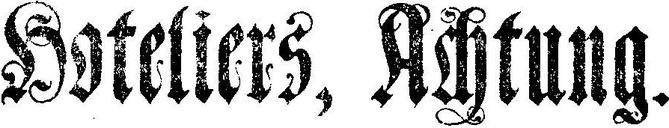
Hoteliers, Achtung.